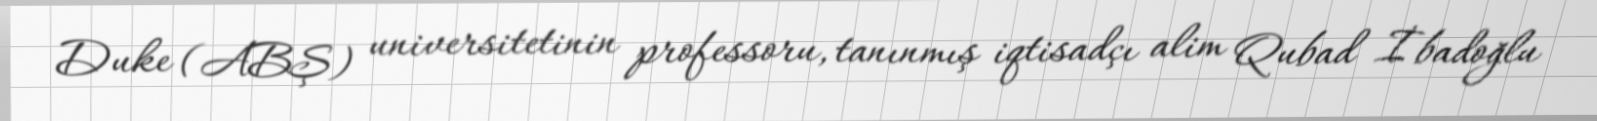
Duke (ABŞ) universitetinin professoru, tanınmış iqtisadçı alim Qubad İbadoğlu